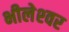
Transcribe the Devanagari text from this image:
भीलेश्‍वर